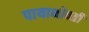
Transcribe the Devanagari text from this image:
पायाभोवती